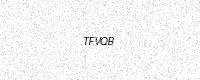
Text: TFVQB